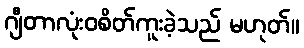
ဂျီတာလုံးဝစိတ်ကူးခဲ့သည် မဟုတ်။